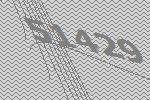
51429